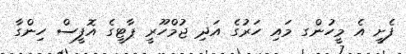
ފެށީ އެ މީހުންގ މައި ހަރުގެ އަދި ޖުމްހޫރީ ޕާޓީގެ އޮފީސް ހިންގާ